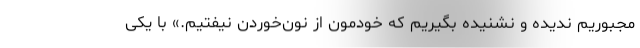
مجبوریم ندیده و نشنیده بگیریم که خودمون از نون‌خوردن نیفتیم.» با یکی